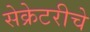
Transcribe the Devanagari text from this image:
सेक्रेटरीचे